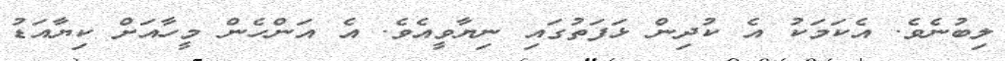
ލިބުނެވެ. އެކަމަކު އެ ކުދިން ޅަފަތުގައި ނިޔާވީއެވެ. އެ އަންހެން މީހާއަށް ކިޔާއަޑު